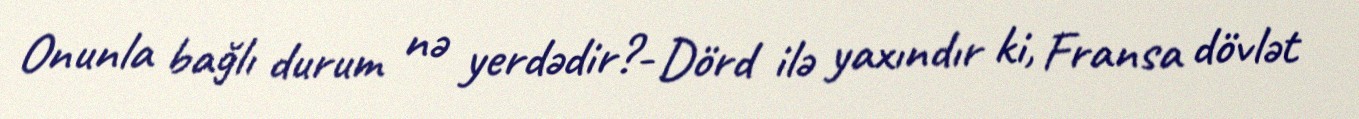
Onunla bağlı durum nə yerdədir?- Dörd ilə yaxındır ki, Fransa dövlət